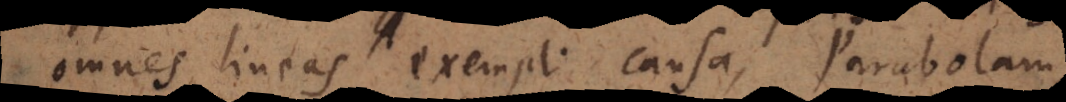
omnes lineas exempli causa, Parabolam,